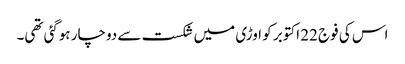
اس کی فوج 22 اکتوبر کو اوڑی میں شکست سے دوچار ہوگئی تھی۔